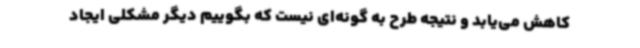
کاهش می‌یابد و نتیجه طرح به گونه‌ای نیست که بگوییم دیگر مشکلی ایجاد